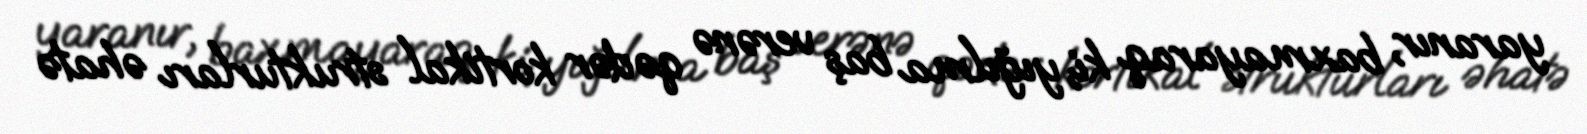
yaranır, baxmayaraq ki, yığılma baş verənə qədər kortikal strukturları əhatə